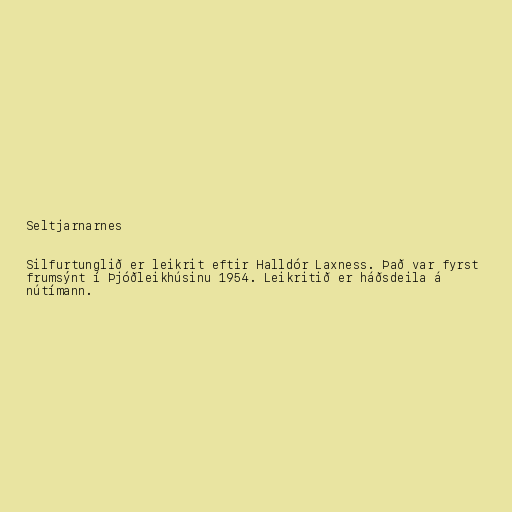
Seltjarnarnes

Silfurtunglið er leikrit eftir Halldór Laxness. Það var fyrst
frumsýnt í Þjóðleikhúsinu 1954. Leikritið er háðsdeila á
nútímann.